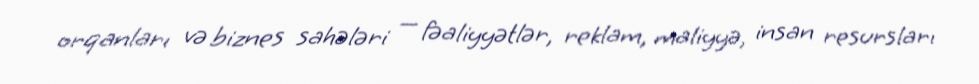
orqanları və biznes sahələri — fəaliyyətlər, reklam, maliyyə, insan resursları